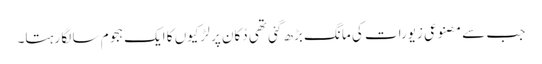
جب سے مصنوعی زیورات کی مانگ بڑھ گئی تھی دُکان پر لڑکیوں کا ایک ہجوم سا لگا رہتا۔